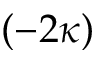
( - 2 \kappa )